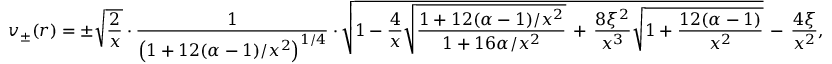
v _ { \pm } ( r ) = \pm \sqrt { \frac { 2 } { x } } \cdot \frac { 1 } { \left( 1 + 1 2 ( \alpha - 1 ) / x ^ { 2 } \right) ^ { 1 / 4 } } \cdot \sqrt { 1 - \frac { 4 } { x } \sqrt { \frac { 1 + 1 2 ( \alpha - 1 ) / x ^ { 2 } } { 1 + 1 6 \alpha / x ^ { 2 } } } \, + \, \frac { 8 \xi ^ { 2 } } { x ^ { 3 } } \sqrt { 1 + \frac { 1 2 ( \alpha - 1 ) } { x ^ { 2 } } } } \, - \, \frac { 4 \xi } { x ^ { 2 } } ,